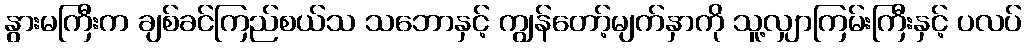
နွားမကြီးက ချစ်ခင်ကြည်စယ်သ သဘောနှင့် ကျွန်တော့်မျက်နှာကို သူ့လျှာကြမ်းကြီးနှင့် ပလပ်